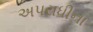
અપરાધીના